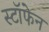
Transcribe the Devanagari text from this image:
स्टॉफेन